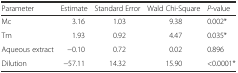
<table><thead><tr><td><b>Parameter</b></td><td><b>Estimate</b></td><td><b>Standard Error</b></td><td><b>Wald Chi-Square</b></td><td><b><i>P</i>-value</b></td></tr></thead><tbody><tr><td>Mc</td><td>3.16</td><td>1.03</td><td>9.38</td><td>0.002*</td></tr><tr><td>Tm</td><td>1.93</td><td>0.92</td><td>4.47</td><td>0.035*</td></tr><tr><td>Aqueous extract</td><td>−0.10</td><td>0.72</td><td>0.02</td><td>0.896</td></tr><tr><td>Dilution</td><td>−57.11</td><td>14.32</td><td>15.90</td><td>&lt;0.0001*</td></tr></tbody></table>